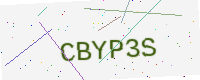
Text: CBYP3S